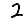
Digit: 2